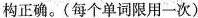
构正确.(每个单词限用一次 )